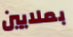
بملايين